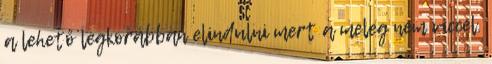
a lehető legkorábban elindulni mert a meleg nem viccel.